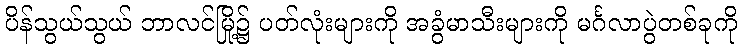
ပိန်သွယ်သွယ် ဘာလင်မြို့၌ ပတ်လုံးများကို အခွံမာသီးများကို မင်္ဂလာပွဲတစ်ခုကို